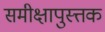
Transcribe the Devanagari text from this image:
समीक्षापुस्त्तक